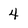
Character: 4